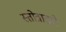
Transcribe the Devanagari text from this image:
स्तोत्राद्वारे